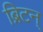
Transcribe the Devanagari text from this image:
ब्रिटन्